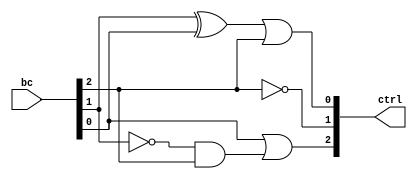
module fuckyoubonuslayer (/*AUTOARG*/ 
                          ctrl,
                          bc
                          ) ;
   output [3-1:0] ctrl;
   input  [3-1:0] bc;

   assign ctrl[2] = bc[0] | (~bc[1] & bc[2]);
   assign ctrl[1] = ~bc[2];
   assign ctrl[0] = (bc[1] ^ bc[0]) | bc[2];

   
endmodule